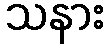
သနား